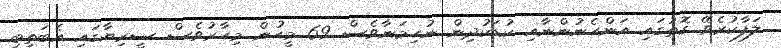
ލަފާކުރެވޭ ގޮތުގައި އަންހެނުންނާއި ކުޑަކުދިން ނުހިމަނާވެސް 69 މީހުން މިހާރުވެސް ސީރިޔާގައި އެބަތިބި